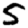
Digit: 5